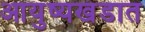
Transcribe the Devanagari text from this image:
आयुष्यखंडात